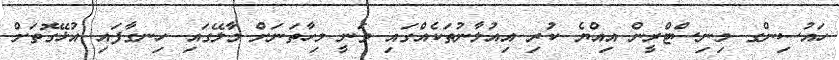
ހައުސިންގ މިނިސްޓްރީން އިއްޔެ ކުރި އިއުލާނުތަކެއްގައި ވަނީ މިހާތަނަށް މާލޭގައި ހިނގާފައި އުޅޭގޮތަށް